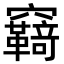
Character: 𮄤